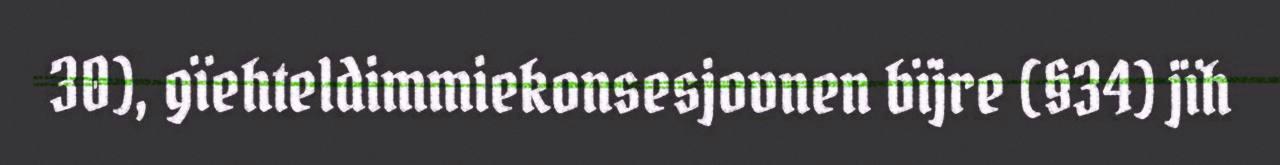
30), gïehteldimmiekonsesjovnen bïjre (§34) jïh